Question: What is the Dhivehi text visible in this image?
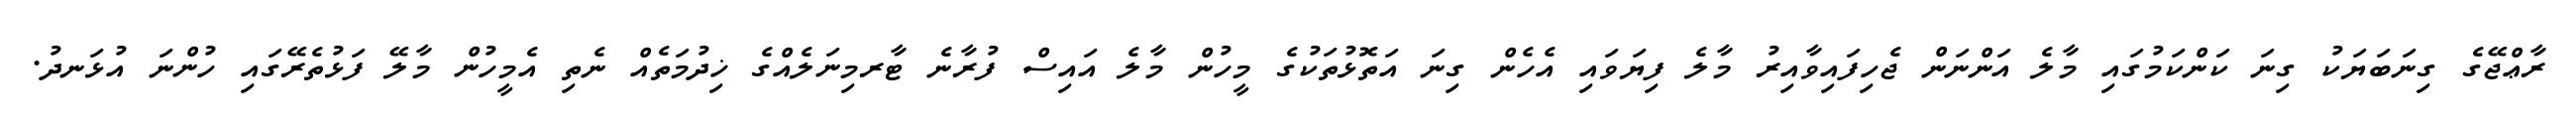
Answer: ރާޢްޖޭގެ ގިނަބަޔަކު ގިނަ ކަންކަމުގައި މާލެ އަންނަން ޖެހިފައިވާއިރު މާލެ ފިޔަވައި އެހެން ގިނަ އަތޮޅުތަކުގެ މީހުން މާލެ އައިސް ފުރާނެ ޓާރމިނަލެއްގެ ޚިދުމަތެއް ނެތި އެމީހުން މާލޭ ފަޅުތެރޭގައި ހުންނަ އުޅަނދު.